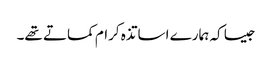
جیسا کہ ہمارے اساتذہ کرام کماتے تھے۔